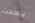
يحدث